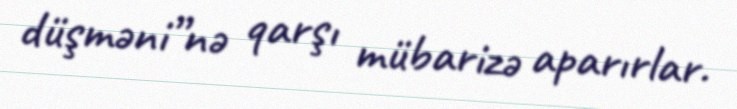
düşməni”nə qarşı mübarizə aparırlar.